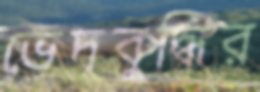
ভেদবুদ্ধির